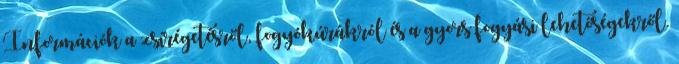
Információk a zsírégetésről, fogyókúrákról és a gyors fogyási lehetőségekről.